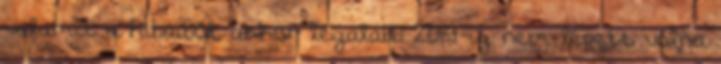
valamit a hibáiból, akkor legalább 2014-ig nem lépett volna